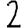
Digit: 2